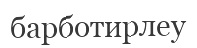
барботирлеу